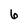
Character: 6